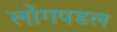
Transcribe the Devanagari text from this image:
लोंगपडल